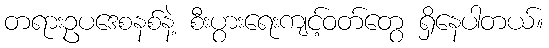
တရားဥပဒေစနစ်နဲ့ စီးပွားရေးကျင့်ဝတ်တွေ ရှိနေပါတယ်။